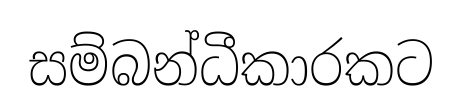
සම්බන්ධීකාරකට